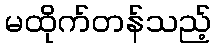
မထိုက်တန်သည့်